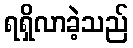
ရရှိလာခဲ့သည်